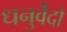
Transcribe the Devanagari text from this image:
धनुर्वेदो